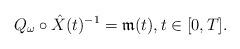
LaTeX: \begin{align*}Q_{\omega}\circ \hat{X}(t)^{-1} = \mathfrak{m}(t),t\in [0,T].\end{align*}